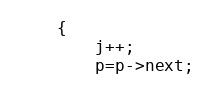
Language: C++
	{
		j++;
		p=p->next;